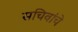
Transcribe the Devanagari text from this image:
सचिवांचे